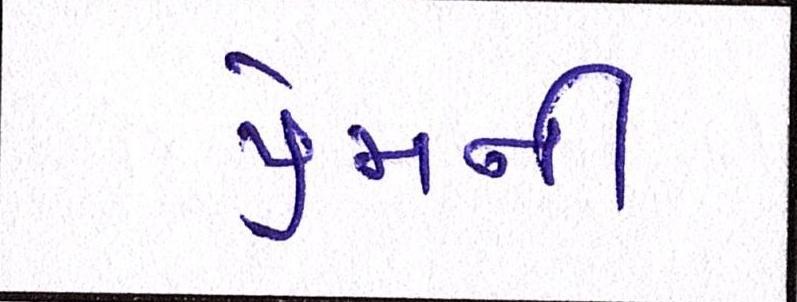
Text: પ્રેમની